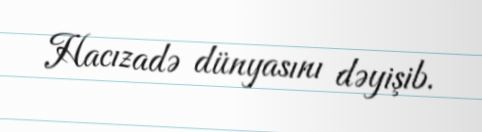
Hacızadə dünyasını dəyişib.